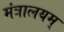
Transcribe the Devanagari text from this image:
मंत्रालयम्